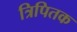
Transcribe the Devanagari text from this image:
त्रिपितक